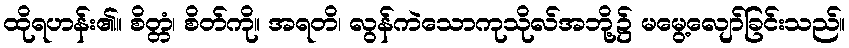
ထိုရဟန်း၏။ စိတ္တံ၊ စိတ်ကို။ အရတိ၊ လွန်ကဲသောကုသိုလ်အဘို့၌ မမွေ့လျော်ခြင်းသည်။